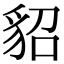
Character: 貂